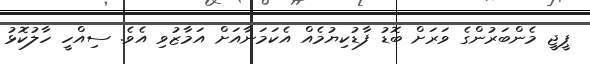
ޕީޖީ މެންބަރުންގެ ވަރަށް ބޮޑު ފާޑުކިޔުމެއް އެކަމަނާއަށް އަމާޒުވި އެވެ. ސިއްހީ ހާލުކޮޅު